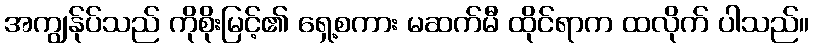
အကျွန်ုပ်သည် ကိုစိုးမြင့်၏ ရှေ့စကား မဆက်မီ ထိုင်ရာက ထလိုက် ပါသည်။